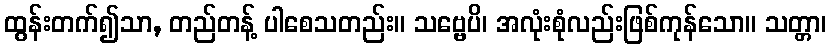
ထွန်းတက်၍သာ, တည်တန့် ပါစေသတည်း။ သဗ္ဗေပိ၊ အလုံးစုံလည်းဖြစ်ကုန်သော။ သတ္တာ၊